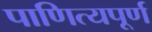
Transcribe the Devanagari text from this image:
पाणित्यपूर्ण